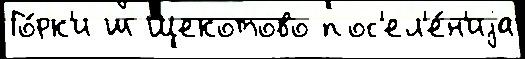
Го́рк'и ш Щекотово пос'ел'е́н'иjа